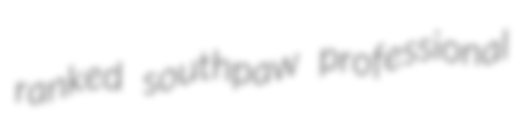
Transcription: ranked southpaw professional